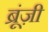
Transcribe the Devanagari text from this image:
ब्रूंज़ी